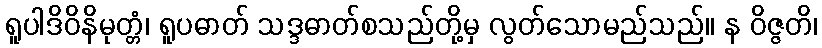
ရူပါဒိဝိနိမုတ္တံ၊ ရူပဓာတ် သဒ္ဒဓာတ်စသည်တို့မှ လွတ်သောမည်သည်။ န ဝိဇ္ဇတိ၊